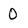
Character: 0